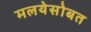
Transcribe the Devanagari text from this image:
मलयेसोबत